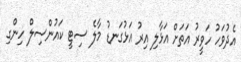
އެދުވަހު ހަވީރު އަތަށް އަޅާލި އިރު އަޅުގަނޑު މާލެ ސިޓީ ކައުންސިލް ހިންގި